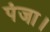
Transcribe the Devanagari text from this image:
पंजा।